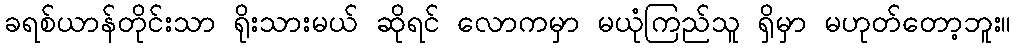
ခရစ်ယာန်တိုင်းသာ ရိုးသားမယ် ဆိုရင် လောကမှာ မယုံကြည်သူ ရှိမှာ မဟုတ်တော့ဘူး။